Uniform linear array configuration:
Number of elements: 4
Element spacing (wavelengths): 0.25
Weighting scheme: blackman
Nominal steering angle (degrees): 0
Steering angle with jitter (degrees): -0.6306
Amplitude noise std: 0.05
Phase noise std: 0.05

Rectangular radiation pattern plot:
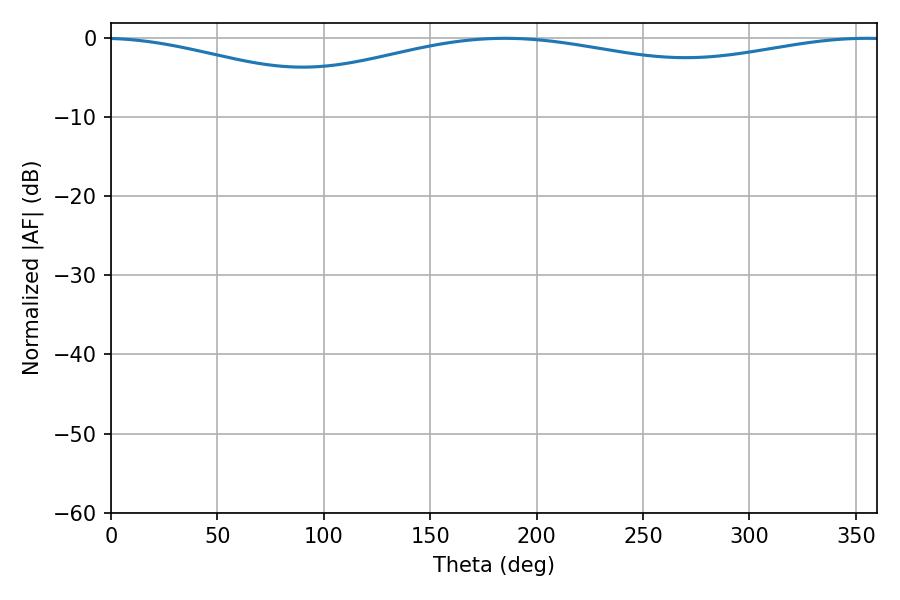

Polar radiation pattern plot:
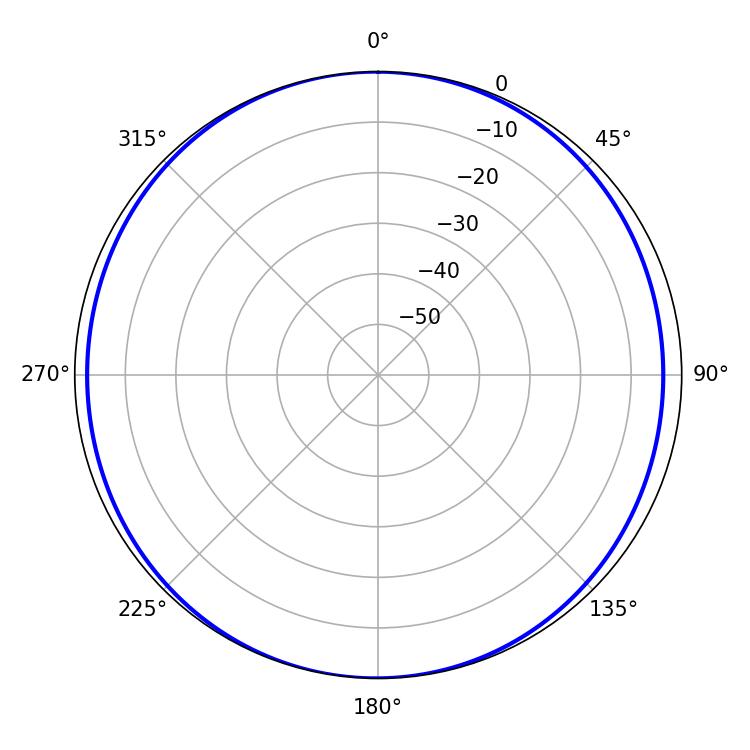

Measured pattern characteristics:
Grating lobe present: FALSE
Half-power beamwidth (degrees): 245.88
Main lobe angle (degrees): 185.04